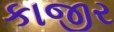
કાજીર